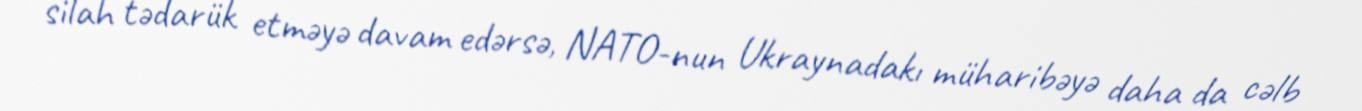
silah tədarük etməyə davam edərsə, NATO-nun Ukraynadakı müharibəyə daha da cəlb